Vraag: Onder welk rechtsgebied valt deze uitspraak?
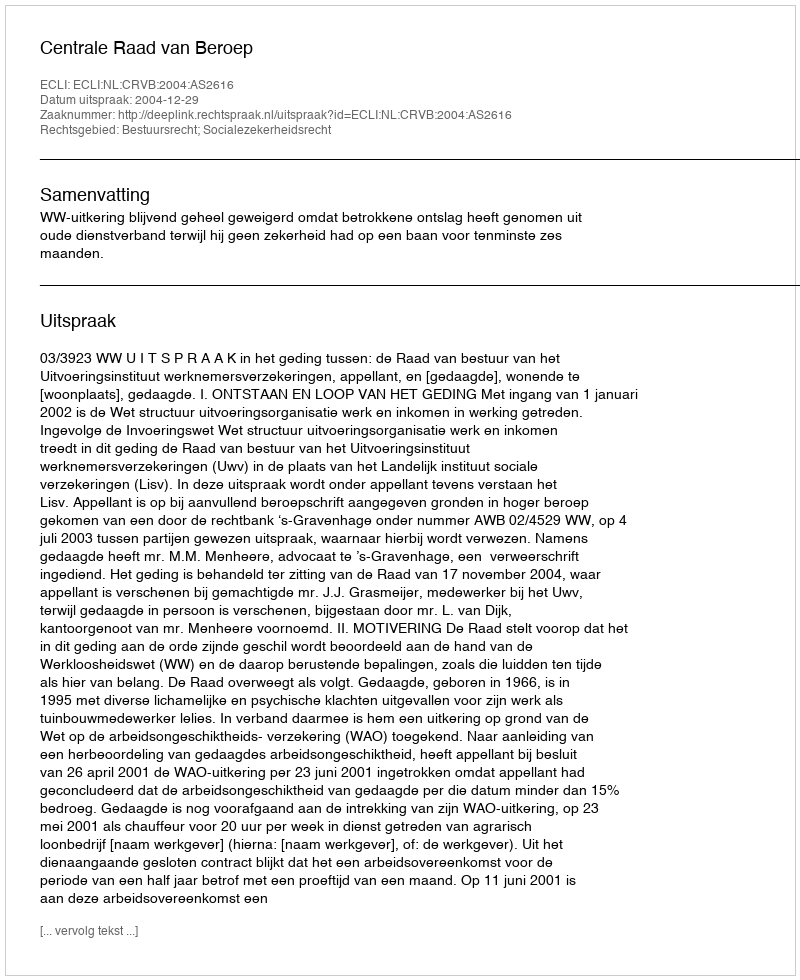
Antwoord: Bestuursrecht; Socialezekerheidsrecht